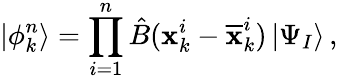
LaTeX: |\phi_{k}^{n}\rangle=\prod_{i=1}^{n}\hat{B}(\textbf{x}_{k}^{i}-\overline{{\textbf{x}}}_{k}^{i})\, |\Psi_{I}\rangle\, ,